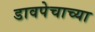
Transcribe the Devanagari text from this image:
डावपेचाच्या